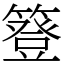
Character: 簦